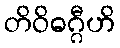
တိဝိဓဂ္ဂီဟိ